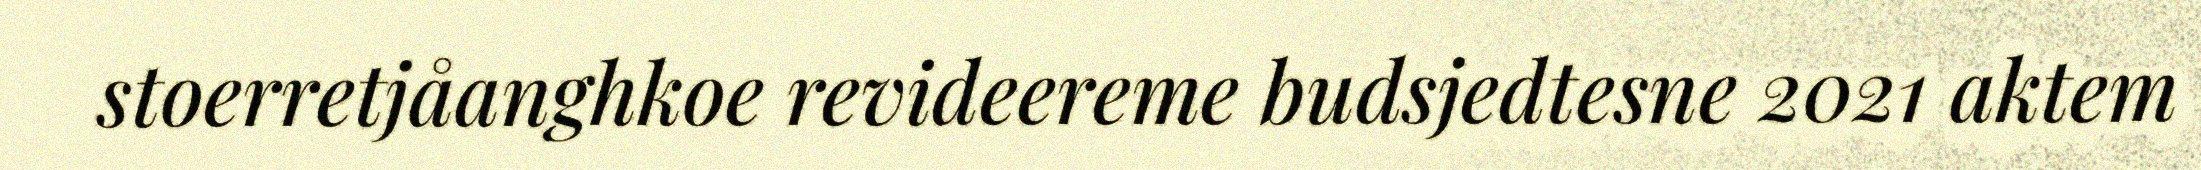
stoerretjåanghkoe revideereme budsjedtesne 2021 aktem